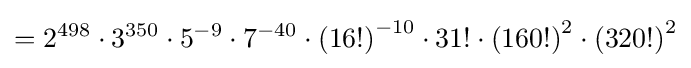
=2^{498}\cdot 3^{350}\cdot 5^{-9}\cdot 7^{-40}\cdot {(16!)}^{-10}\cdot 31!\cdot {(160!)}^{2}\cdot {(320!)}^{2}